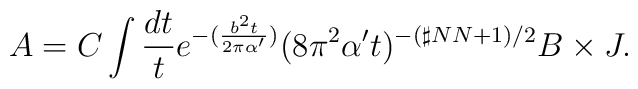
A=C\int \frac{dt}{t} e^{-(\frac{b^2 t}{2\pi \alpha'})} (8\pi^2 \alpha' t)^{-(\sharp NN +1)/2} B \times J.